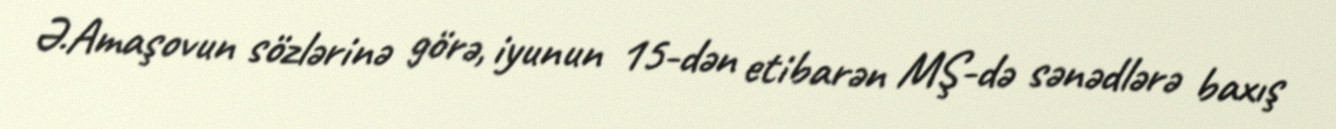
Ə.Amaşovun sözlərinə görə, iyunun 15-dən etibarən MŞ-də sənədlərə baxış